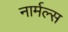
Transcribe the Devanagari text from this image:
नार्मल्स